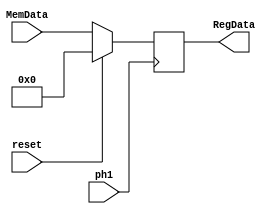
module  Memory_data_register (
    input                   ph1, reset,
    input           [7:0]   MemData,
    output  reg     [7:0]   RegData
);

    always @(posedge ph1) begin
        if (reset) 
            RegData <= 8'b0;
        else
            RegData <= MemData;
    end    

endmodule